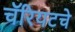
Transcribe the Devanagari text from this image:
चॅरियटचे